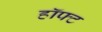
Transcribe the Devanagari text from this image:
हॉफ्ट